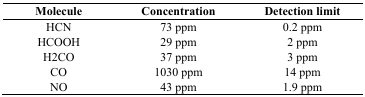
| Molecule | Concentration | Detection limit |
 | --- | --- | --- |
 | HCN | 73 ppm | 0.2 ppm |
 | HCOOH | 29 ppm | 2 ppm |
 | H2CO | 37 ppm | 3 ppm |
 | CO | 1030 ppm | 14 ppm |
 | NO | 43 ppm | 1.9 ppm |